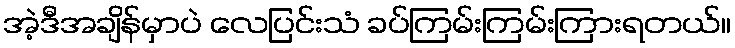
အဲ့ဒီအချိန်မှာပဲ လေပြင်းသံ ခပ်ကြမ်းကြမ်းကြားရတယ်။